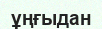
ұңғыдан